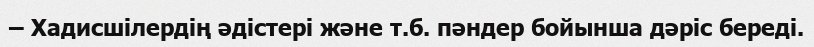
– Хадисшілердің əдістері жəне т.б. пəндер бойынша дəріс береді.